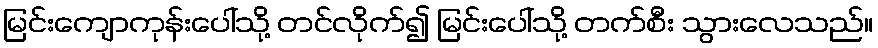
မြင်းကျောကုန်းပေါ်သို့ တင်လိုက်၍ မြင်းပေါ်သို့ တက်စီး သွားလေသည်။